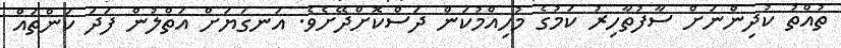
ތުއްތު ކުދިންނަށް ސާފުތާހިރު ކަމުގެ މުހިއްމުކަން ދަސްކޮށްދޭށެވެ. އަނގަޔަށް އަތްލުން ފަދަ ކަންތައް